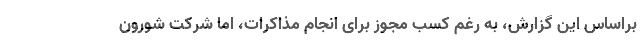
براساس این گزارش، به رغم کسب مجوز برای انجام مذاکرات، اما شرکت شورون